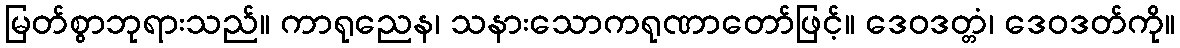
မြတ်စွာဘုရားသည်။ ကာရုညေန၊ သနားသောကရုဏာတော်ဖြင့်။ ဒေဝဒတ္တံ၊ ဒေဝဒတ်ကို။